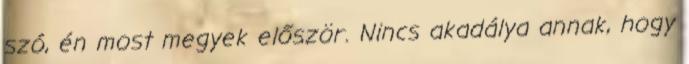
szó, én most megyek először. Nincs akadálya annak, hogy